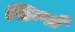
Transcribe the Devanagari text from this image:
सिम्प्ले